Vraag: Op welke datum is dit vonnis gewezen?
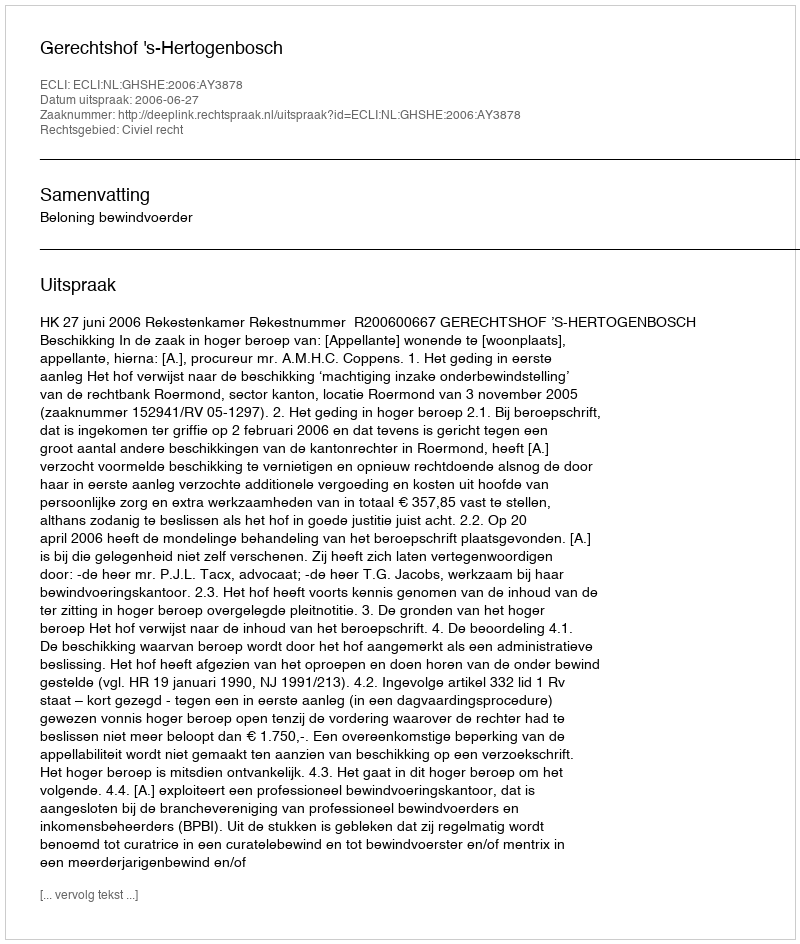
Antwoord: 2006-06-27